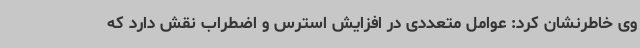
وی خاطرنشان کرد: عوامل متعددی در افزایش استرس و اضطراب نقش دارد که